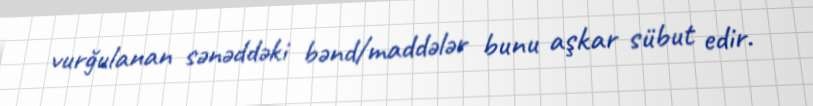
vurğulanan sənəddəki bənd/maddələr bunu aşkar sübut edir.